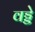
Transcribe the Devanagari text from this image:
वड्डे